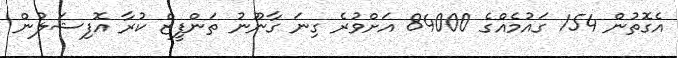
އެގޮތުން 154 ގައުމެއްގެ 84000 އަށްވުރެ ގިނަ ގާނޫނު ތަންފީޒް ކުރާ އޮފިޝަލުން